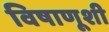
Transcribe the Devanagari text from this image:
विषाणूशी